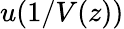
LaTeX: \textstyle u(1/V(z))